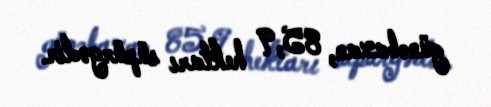
günəbaxan, 85,9 hektarı süpürgədir.